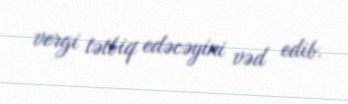
vergi tətbiq edəcəyini vəd edib.